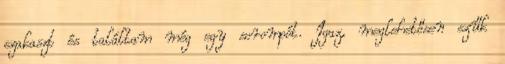
szakaszt és találtam még egy sorompót. Igaz, meglehetősen szűk